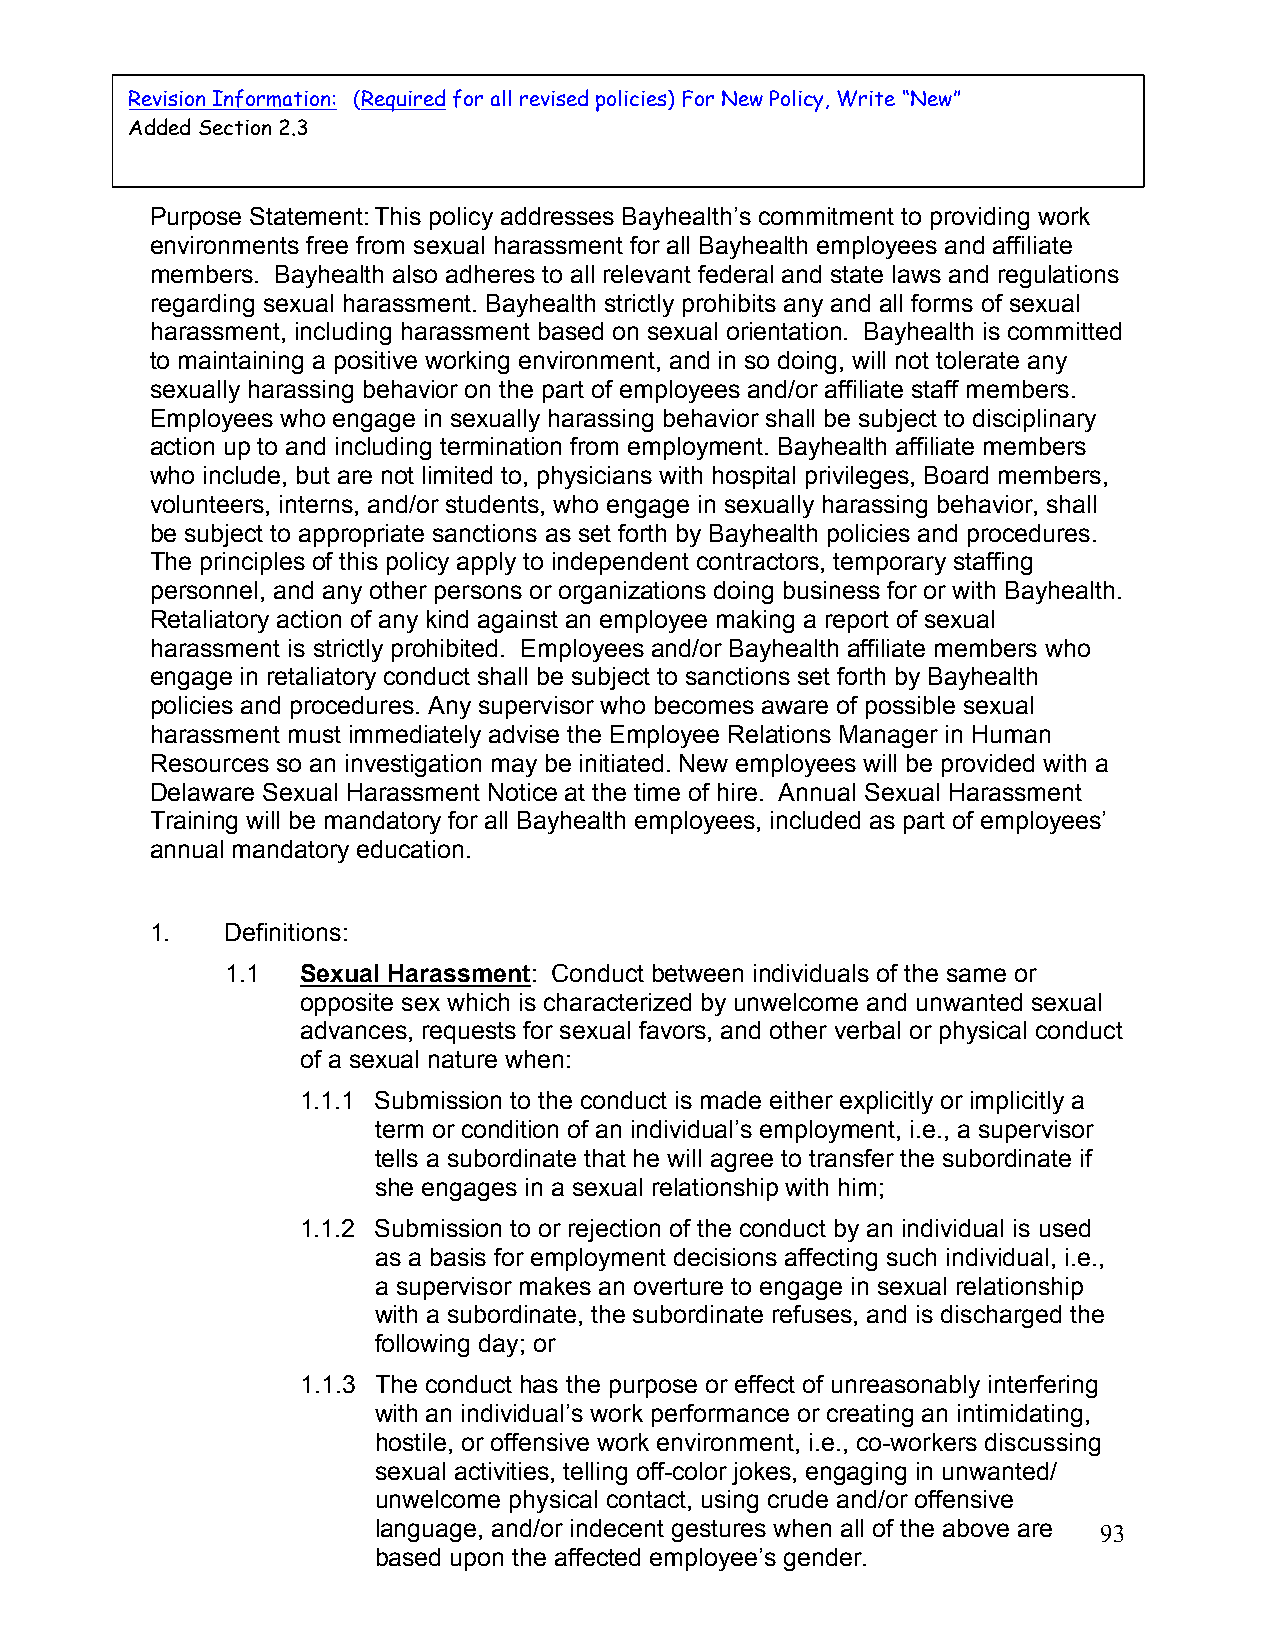
7-02-17
 Revision Information: (Required for all revised policies) For New Policy, Write “New”
 Added Section 2.3
 Purpose Statement:This policy addresses Bayhealth’s commitment to providing work
 environments free from sexual harassment for all Bayhealth employees and affiliate
 members. Bayhealth also adheres to all relevant federal and state laws and regulations
 regarding sexual harassment. Bayhealth strictly prohibits any and all forms of sexual
 harassment, including harassment based on sexual orientation. Bayhealth is committed
 to maintaining a positive working environment, and in so doing, will not tolerate any
 sexually harassing behavior on the part of employees and/or affiliate staff members.
 Employees who engage in sexually harassing behavior shall be subject to disciplinary
 action up to and including termination from employment. Bayhealth affiliate members
 who include, but are not limited to, physicians with hospital privileges, Board members,
 volunteers, interns, and/or students, who engage in sexually harassing behavior, shall
 be subject to appropriate sanctions as set forth by Bayhealth policies and procedures.
 The principles of this policy apply to independent contractors, temporary staffing
 personnel, and any other persons or organizations doing business for or with Bayhealth.
 Retaliatory action of any kind against an employee making a report of sexual
 harassment is strictly prohibited. Employees and/or Bayhealth affiliate members who
 engage in retaliatory conduct shall be subject to sanctions set forth by Bayhealth
 policies and procedures. Any supervisor who becomes aware of possible sexual
 harassment must immediately advise the Employee Relations Manager in Human
 Resources so an investigation may be initiated. New employees will be provided with a
 Delaware Sexual Harassment Notice at the time of hire. Annual Sexual Harassment
 Training will be mandatory for all Bayhealth employees, included as part of employees’
 annual mandatory education.
 1.   Definitions:
 1.1  Sexual Harassment: Conduct between individuals of the same or
 opposite sex which is characterized by unwelcome and unwanted sexual
 advances, requests for sexual favors, and other verbal or physical conduct
 of a sexual nature when:
 1.1.1 Submission to the conduct is made either explicitly or implicitly a
 term or condition of an individual’s employment, i.e., a supervisor
 tells a subordinate that he will agree to transfer the subordinate if
 she engages in a sexual relationship with him;
 1.1.2 Submission to or rejection of the conduct by an individual is used
 as a basis for employment decisions affecting such individual, i.e.,
 a supervisor makes an overture to engage in sexual relationship
 with a subordinate, the subordinate refuses, and is discharged the
 following day; or
 1.1.3 The conduct has the purpose or effect of unreasonably interfering
 with an individual’s work performance or creating an intimidating,
 hostile, or offensive work environment, i.e., co-workers discussing
 sexual activities, telling off-color jokes, engaging in unwanted/
 unwelcome physical contact, using crude and/or offensive
 language, and/or indecent gestures when all of the above are
 93
 based upon the affected employee’s gender.